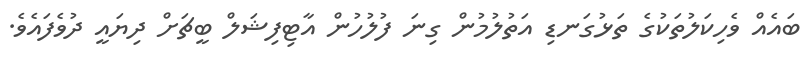
ބައެއް ވެހިކަލުތަކުގެ ތަޅުގަނޑި އަތުލުމުން ގިނަ ފުލުހުން އާޓިފިޝަލް ބީޗަށް ދިޔައީ ދުވެފައެވެ.